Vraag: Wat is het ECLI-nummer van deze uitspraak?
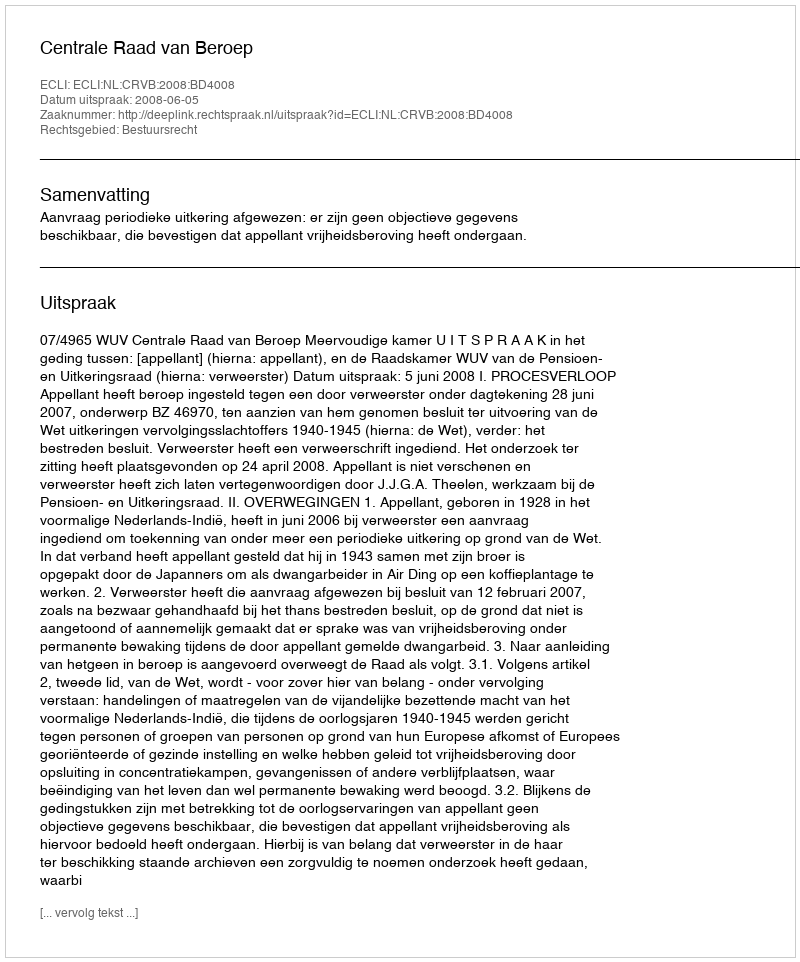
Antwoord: ECLI:NL:CRVB:2008:BD4008